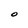
Character: O